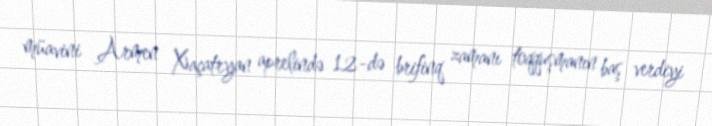
müavini Armen Xaçatryan aprelində 12-də brifinq zamanı toqquşmanın baş verdiyi